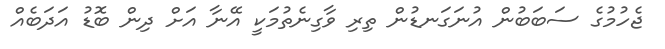
ޖެހުމުގެ ސަބަބުން އުނަގަނޑުން ތިރި ވާގިނެތުމަކީ އޭނާ އަށް ދިން ބޮޑު އަދަބެއް